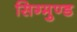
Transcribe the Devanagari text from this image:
सिग्मुण्ड